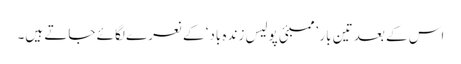
اس کے بعد تین بار ’ممبئی پولیس زندہ باد‘ کے نعرے لگائے جاتے ہیں۔